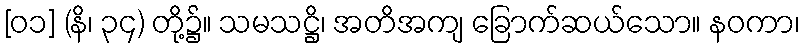
[၀၁] (နိ၊ ၃၄) တို့၌။ သမသဋ္ဌိ၊ အတိအကျ ခြောက်ဆယ်သော။ နဝကာ၊